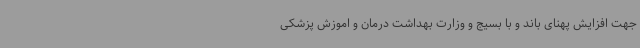
جهت افزایش پهنای باند و با بسیج و وزارت بهداشت درمان و اموزش پزشکی